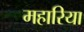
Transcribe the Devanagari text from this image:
महारिया